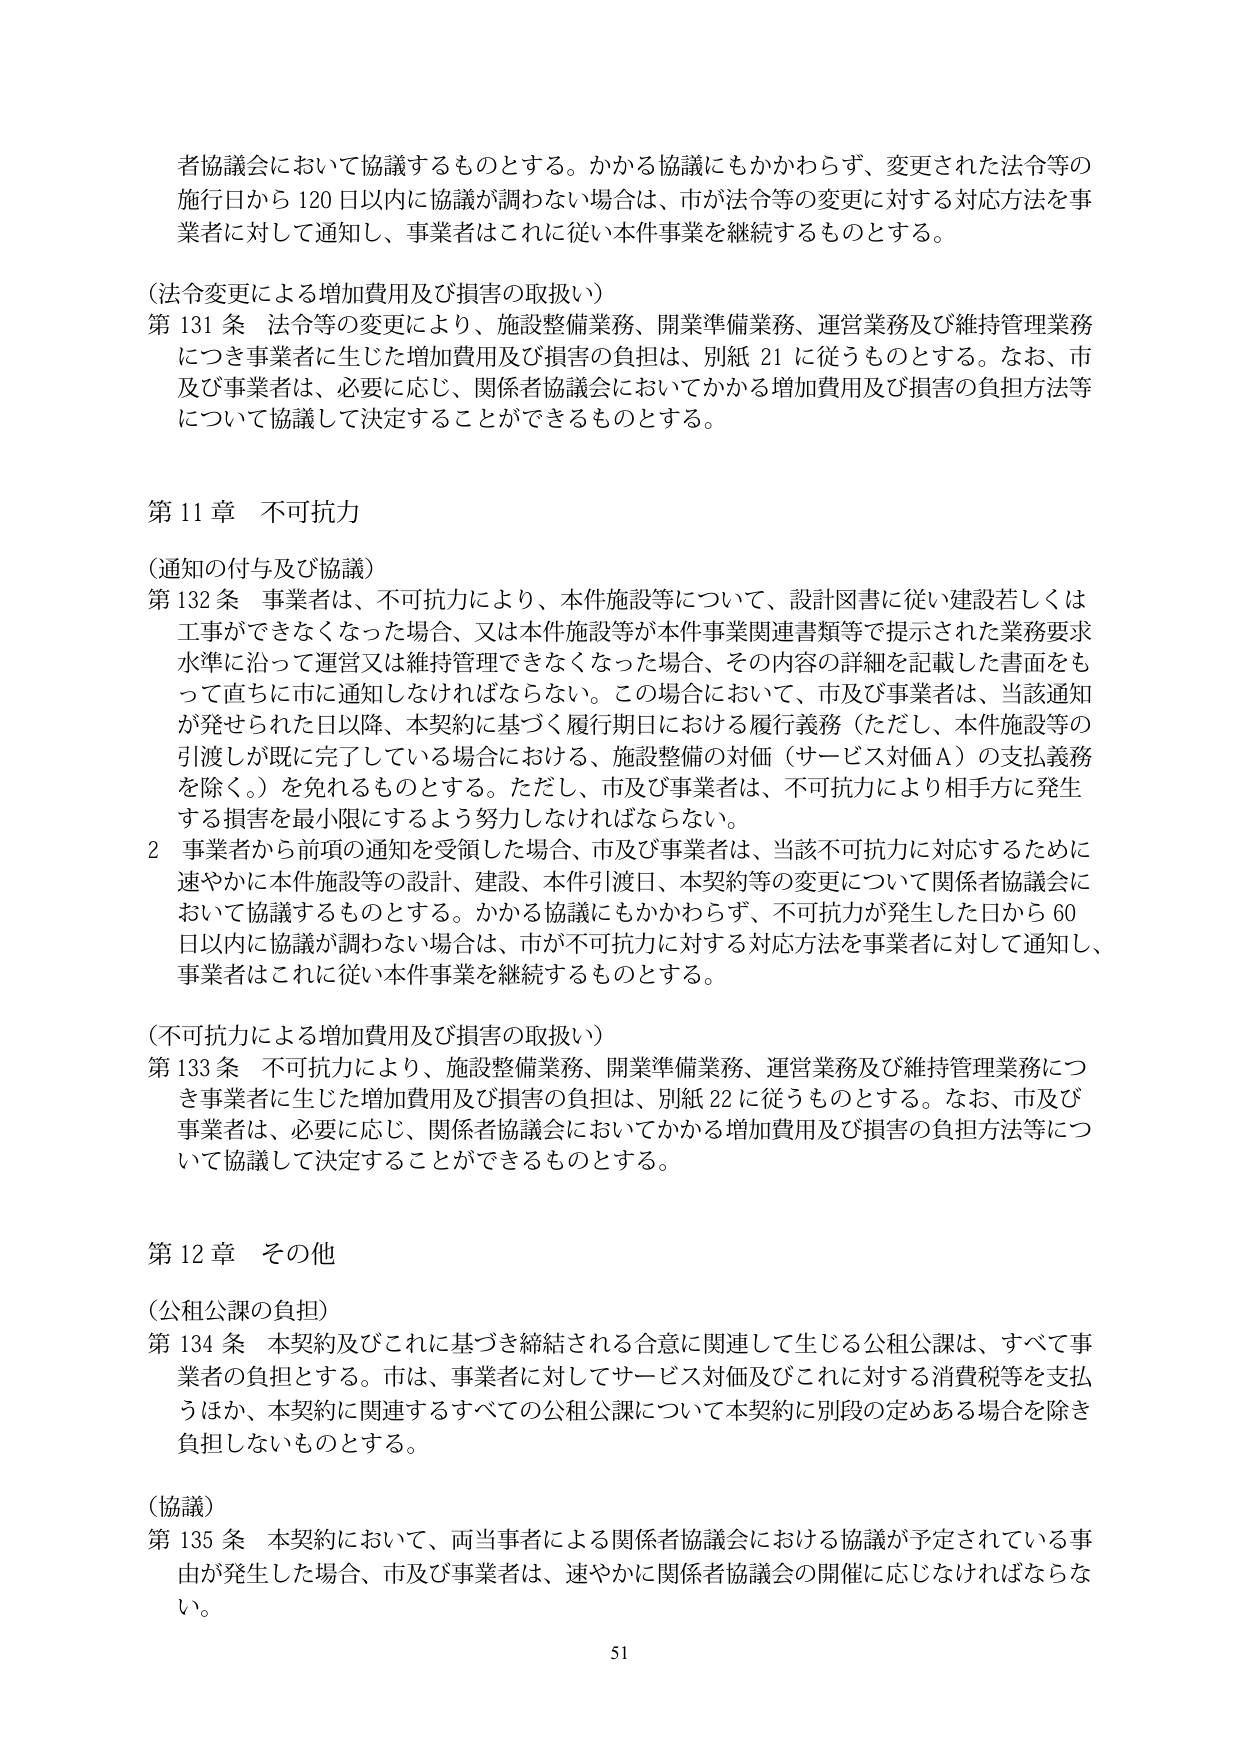
者協議会において協議するものとする。かかる協議にもかかわらず、変更された法令等の施行日から120日以内に協議が調わない場合は、市が法令等の変更に対する対応方法を事業者に対して通知し、事業者はこれに従い本件事業を継続するものとする。

（法令変更による増加費用及び損害の取扱い）
第131条 法令等の変更により、施設整備業務、開業準備業務、運営業務及び維持管理業務につき事業者に生じた増加費用及び損害の負担は、別紙21に従うものとする。なお、市及び事業者は、必要に応じ、関係者協議会においてかかる増加費用及び損害の負担方法等について協議して決定することができるものとする。

第11章 不可抗力

（通知の付与及び協議）
第132条 事業者は、不可抗力により、本件施設等について、設計図書に従い建設若しくは工事ができなくなった場合、又は本件施設等が本件事業関連書類等で提示された業務要求水準に沿って運営又は維持管理できなくなった場合、その内容の詳細を記載した書面をもって直ちに市に通知しなければならない。この場合において、市及び事業者は、当該通知が発せられた日以降、本契約に基づく履行期日における履行義務（ただし、本件施設等の引渡しが既に完了している場合における、施設整備の対価（サービス対価A）の支払義務を除く。）を免れるものとする。ただし、市及び事業者は、不可抗力により相手方に発生する損害を最小限にするよう努力しなければならない。
2 事業者から前項の通知を受領した場合、市及び事業者は、当該不可抗力に対応するために速やかに本件施設等の設計、建設、本件引渡日、本契約等の変更について関係者協議会において協議するものとする。かかる協議にもかかわらず、不可抗力が発生した日から60日以内に協議が調わない場合は、市が不可抗力に対する対応方法を事業者に対して通知し、事業者はこれに従い本件事業を継続するものとする。

（不可抗力による増加費用及び損害の取扱い）
第133条 不可抗力により、施設整備業務、開業準備業務、運営業務及び維持管理業務につき事業者に生じた増加費用及び損害の負担は、別紙22に従うものとする。なお、市及び事業者は、必要に応じ、関係者協議会においてかかる増加費用及び損害の負担方法等について協議して決定することができるものとする。

第12章 その他

（公租公課の負担）
第134条 本契約及びこれに基づき締結される合意に関連して生じる公租公課は、すべて事業者の負担とする。市は、事業者に対してサービス対価及びこれに対する消費税等を支払うほか、本契約に関連するすべての公租公課について本契約に別段の定めある場合を除き負担しないものとする。

（協議）
第135条 本契約において、両当事者による関係者協議会における協議が予定されている事由が発生した場合、市及び事業者は、速やかに関係者協議会の開催に応じなければならな
い。

51